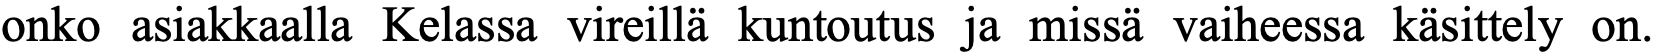
onko asiakkaalla Kelassa vireillä kuntoutus ja missä vaiheessa käsittely on.